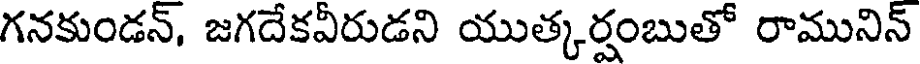
గనకుండన్, జగదేకవీరుడని యుత్కర్షంబుతో రామునిన్